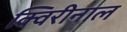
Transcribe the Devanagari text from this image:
क्विरीनाल